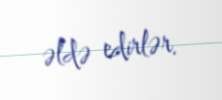
əldə edirlər.